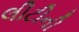
લીટીની